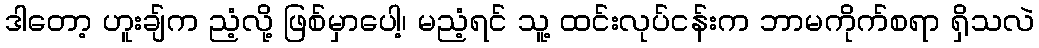
ဒါတော့ ဟူးချ်က ညံ့လို့ ဖြစ်မှာပေါ့၊ မညံ့ရင် သူ့ ထင်းလုပ်ငန်းက ဘာမကိုက်စရာ ရှိသလဲ